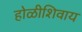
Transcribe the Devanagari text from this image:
होळीशिवाय